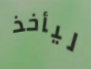
ليأخذ